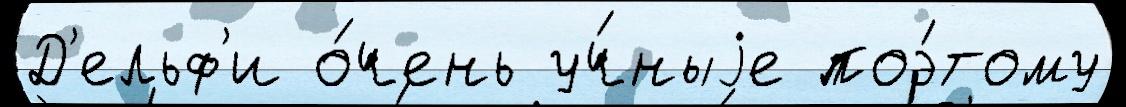
Д'ельф'и о́чень уч́ныjе поэ́тому